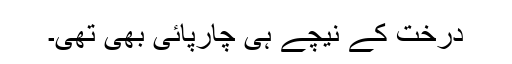
درخت کے نیچے ہی چارپائی بھی تھی۔